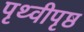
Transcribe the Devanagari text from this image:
पृथ्वीपृष्ठ